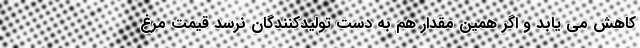
کاهش می یابد و اگر همین مقدار هم به دست تولیدکنندگان نرسد قیمت مرغ